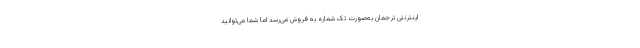
اینترنتی ترجمان به‌صورت تک شماره به‌ فروش می‌رسد اما شما می‌توانید